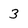
Character: 3